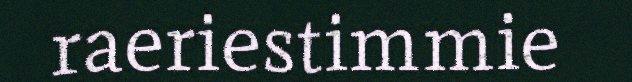
raeriestimmie